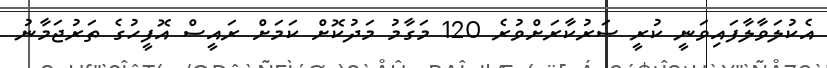
އެކުލަވާލާފައިވަނީ ކުރީ ސަރުކާރަށްވުރެ 120 މަގާމު މަދުކޮށް ކަމަށް ރައީސް އޮފީހުގެ ތަރުޖަމާނު